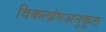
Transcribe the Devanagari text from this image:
विकलांगअनुकूल